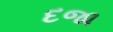
દજા